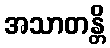
အသာတန္တိ